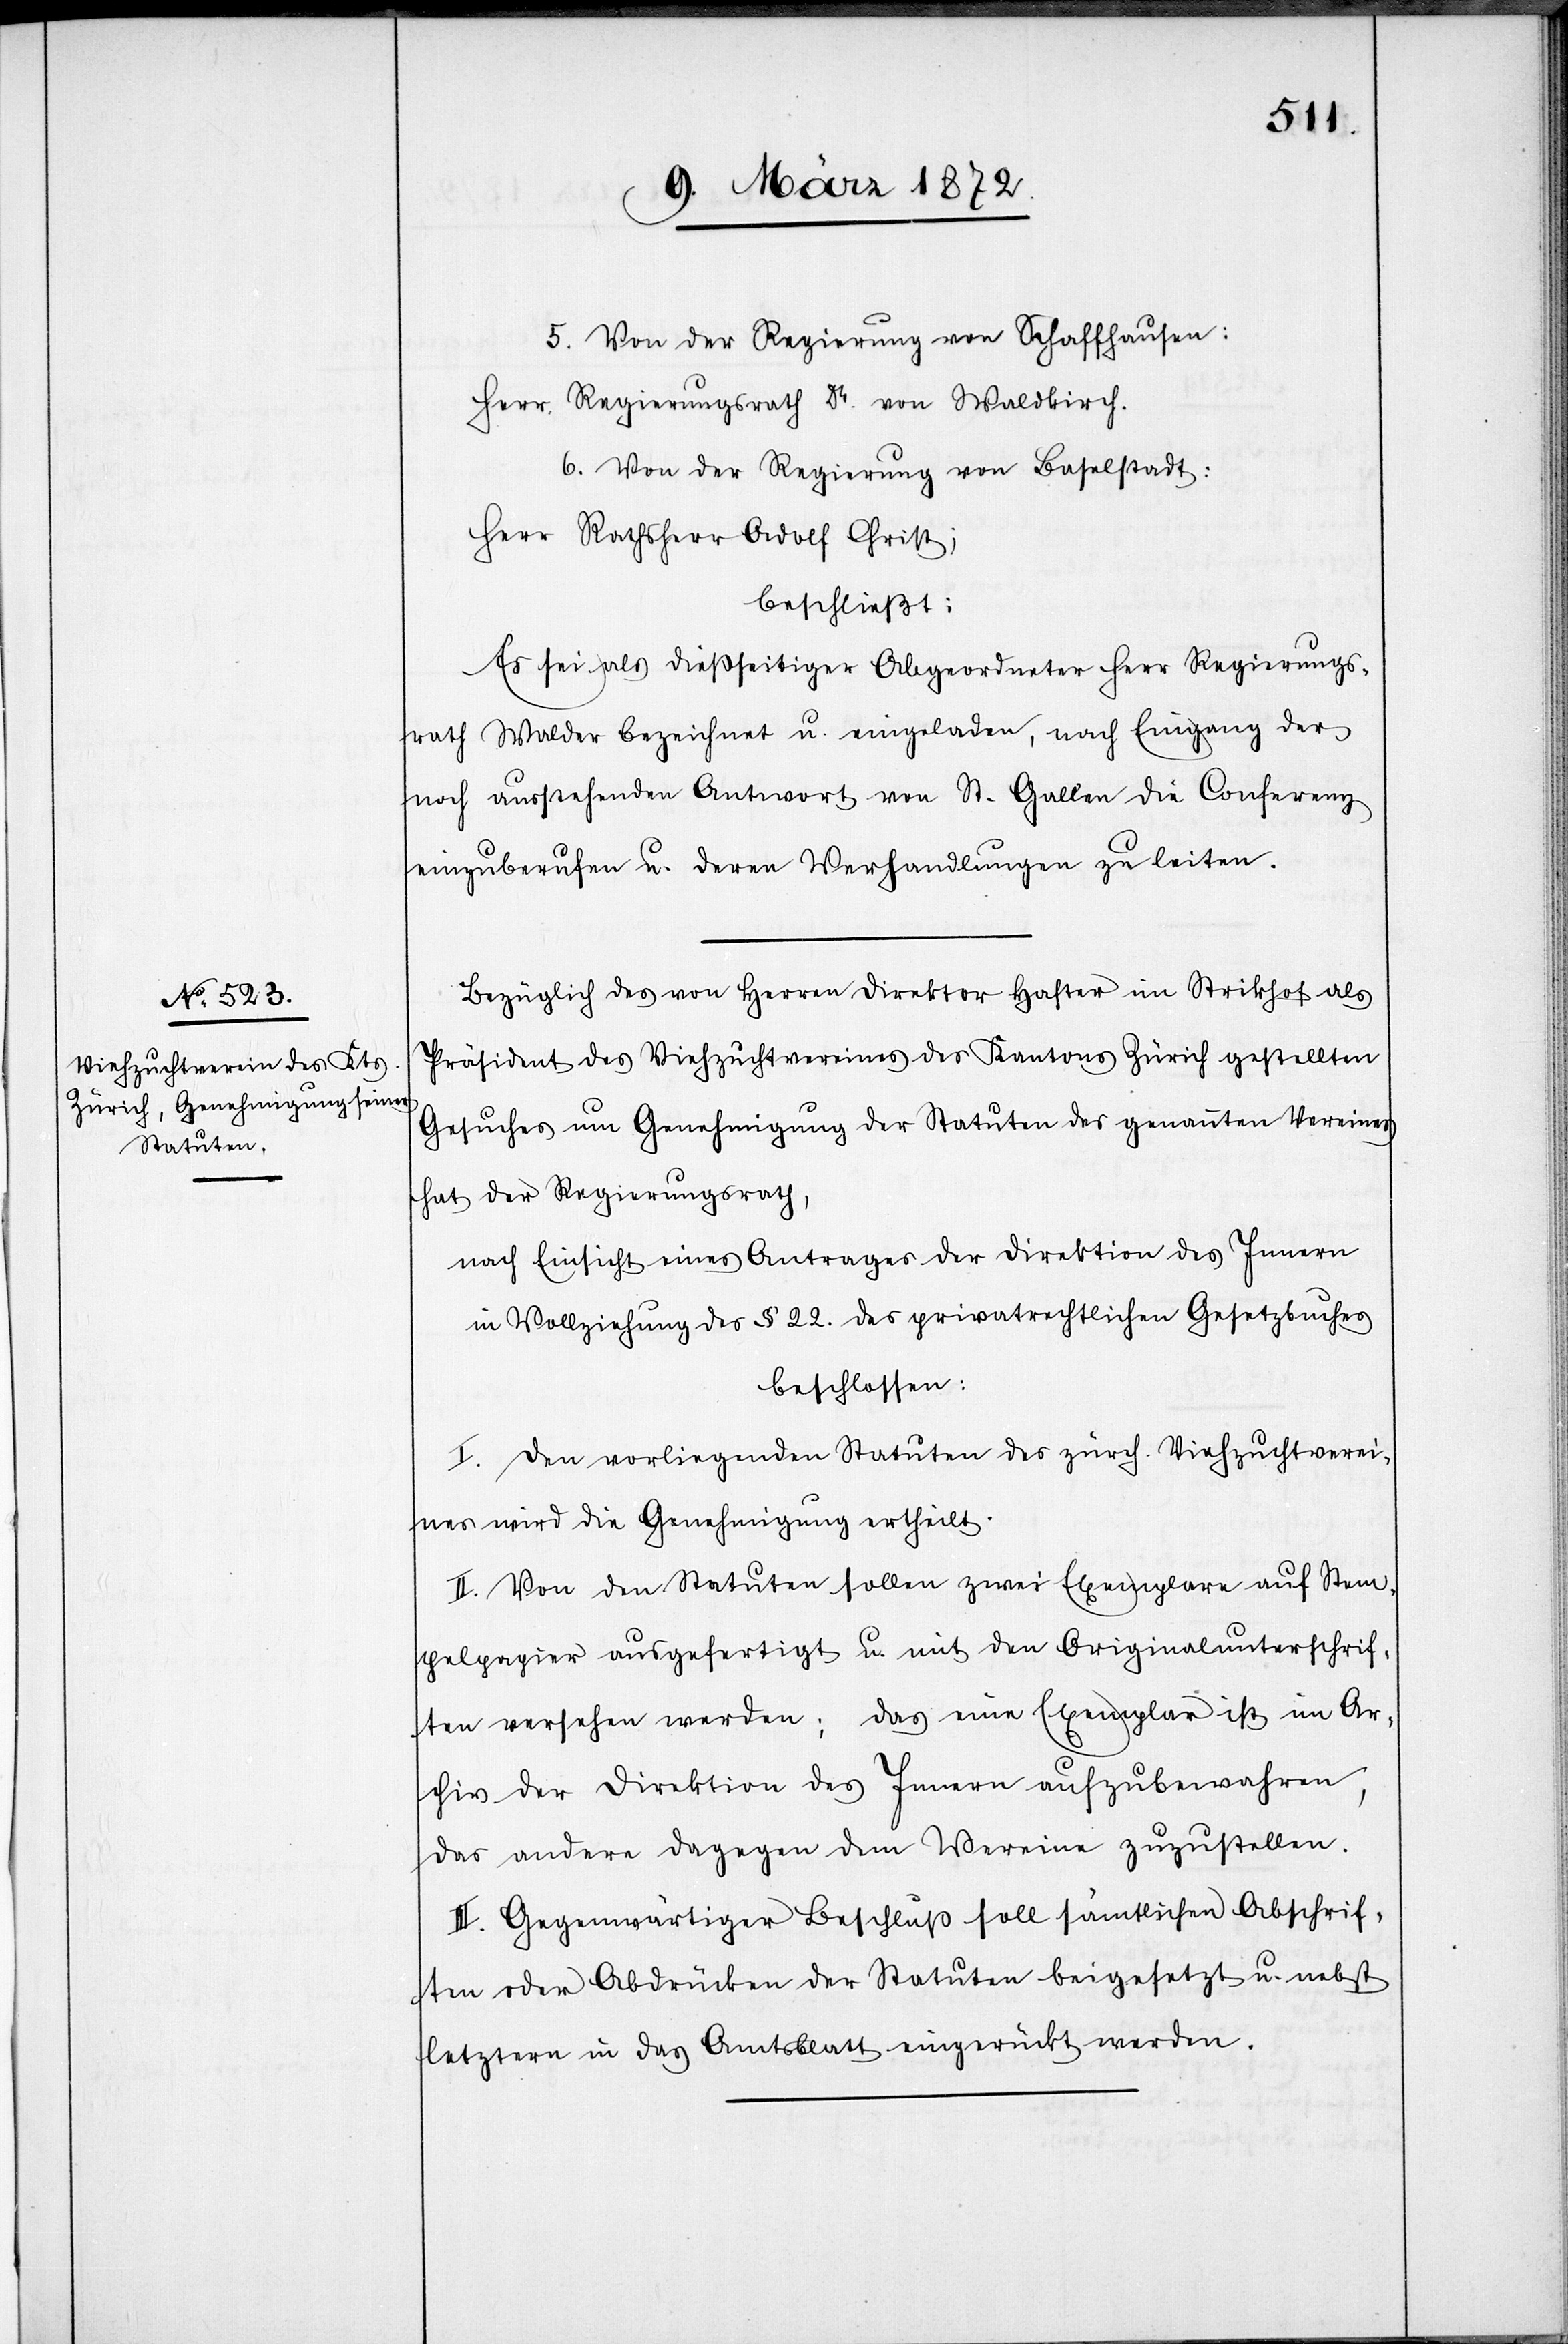
5. Von der Regierung von Schaffhausen:
Herr Regierungsrath Dr. von Waldkirch.
6. Von der Regierung von Baselstadt:
Herr Rathsherr Adolf Christ;
beschließt:
Es sei als dießseitiger Abgeordneter Herr Regierungs¬
rath Walder bezeichnet u. eingeladen, nach Eingang der
noch ausstehenden Antwort von St. Gallen die Conferenz
einzuberufen u. deren Verhandlungen zu leiten.
Bezüglich des von Herren Direktor Hafter im Strikhof als
Präsident des Viehzuchtvereines des Kantons Zürich gestellten
Gesuches um Genehmigung der Statuten des genannten Vereines
hat der Regierungsrath,
nach Einsicht eines Antrages der Direktion des Innern
in Vollziehung des § 22. des privatrechtlichen Gesetzbuches
beschlossen:
I. Den vorliegenden Statuten des zürch. Viehzuchtverei¬
nes wird die Genehmigung ertheilt.
II. Von den Statuten sollen zwei Exemplare auf Stem¬
pelpapier ausgefertigt u. mit den Originalunterschrif¬
ten versehen werden; das eine Exemplar ist im Ar¬
chiv der Direktion des Innern aufzubewahren,
das andere dagegen dem Vereine zuzustellen.
III. Gegenwärtiger Beschluß soll sämtlichen Abschrif¬
ten oder Abdrücken der Statuten beigesetzt u. nebst
letztern in das Amtsblatt eingerückt werden.